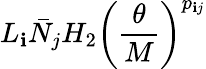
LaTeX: L_{\mathbf{i}}\bar{{N}}_{j}H_{2}\left(\frac{{\theta}}{{M}}\right)^{p_{\mathbf{i}j}}